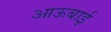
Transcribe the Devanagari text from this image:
आऊबाई